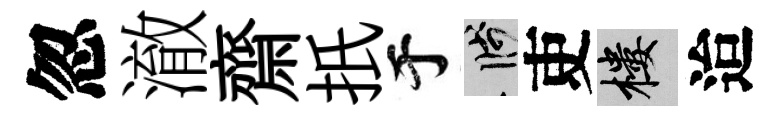
忽澈齋扺于箋吏樓迨